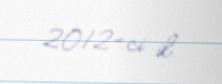
2012-ci il